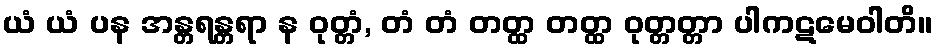
ယံ ယံ ပန အန္တရန္တရာ န ဝုတ္တံ, တံ တံ တတ္ထ တတ္ထ ဝုတ္တတ္တာ ပါကဋမေဝါတိ။